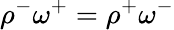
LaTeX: \rho^{-}\omega^{+}=\rho^{+}\omega^{-}